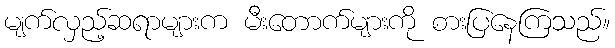
မျက်လှည့်ဆရာများက မီးတောက်များကို စားပြနေကြသည်။